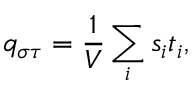
q _ { \sigma \tau } = \frac { 1 } { V } \sum _ { i } s _ { i } t _ { i } ,